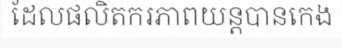
ដែលផលិតករភាពយន្តបានកេង